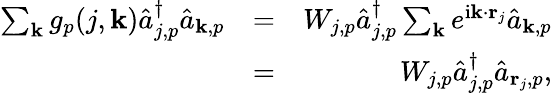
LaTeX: \begin{array}{rlr}{\sum_{{\mathbf k}}g_{p}(j,{\mathbf k})\hat{a}_{j,p}^{\dagger}\hat{a}_{{\mathbf k},p}}&{=}&{W_{j,p}\hat{a}_{j,p}^{\dagger}\sum_{{\mathbf k}}e^{\mathrm{i}{\mathbf k}\cdot{\mathbf r}_{j}}\hat{a}_{{\mathbf k},p}}\\ &{=}&{W_{j,p}\hat{a}_{j,p}^{\dagger}\hat{a}_{{\mathbf r}_{j},p},}\end{array}